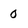
Character: 0